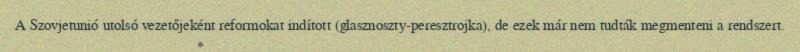
A Szovjetunió utolsó vezetőjeként reformokat indított (glasznoszty-peresztrojka), de ezek már nem tudták megmenteni a rendszert.